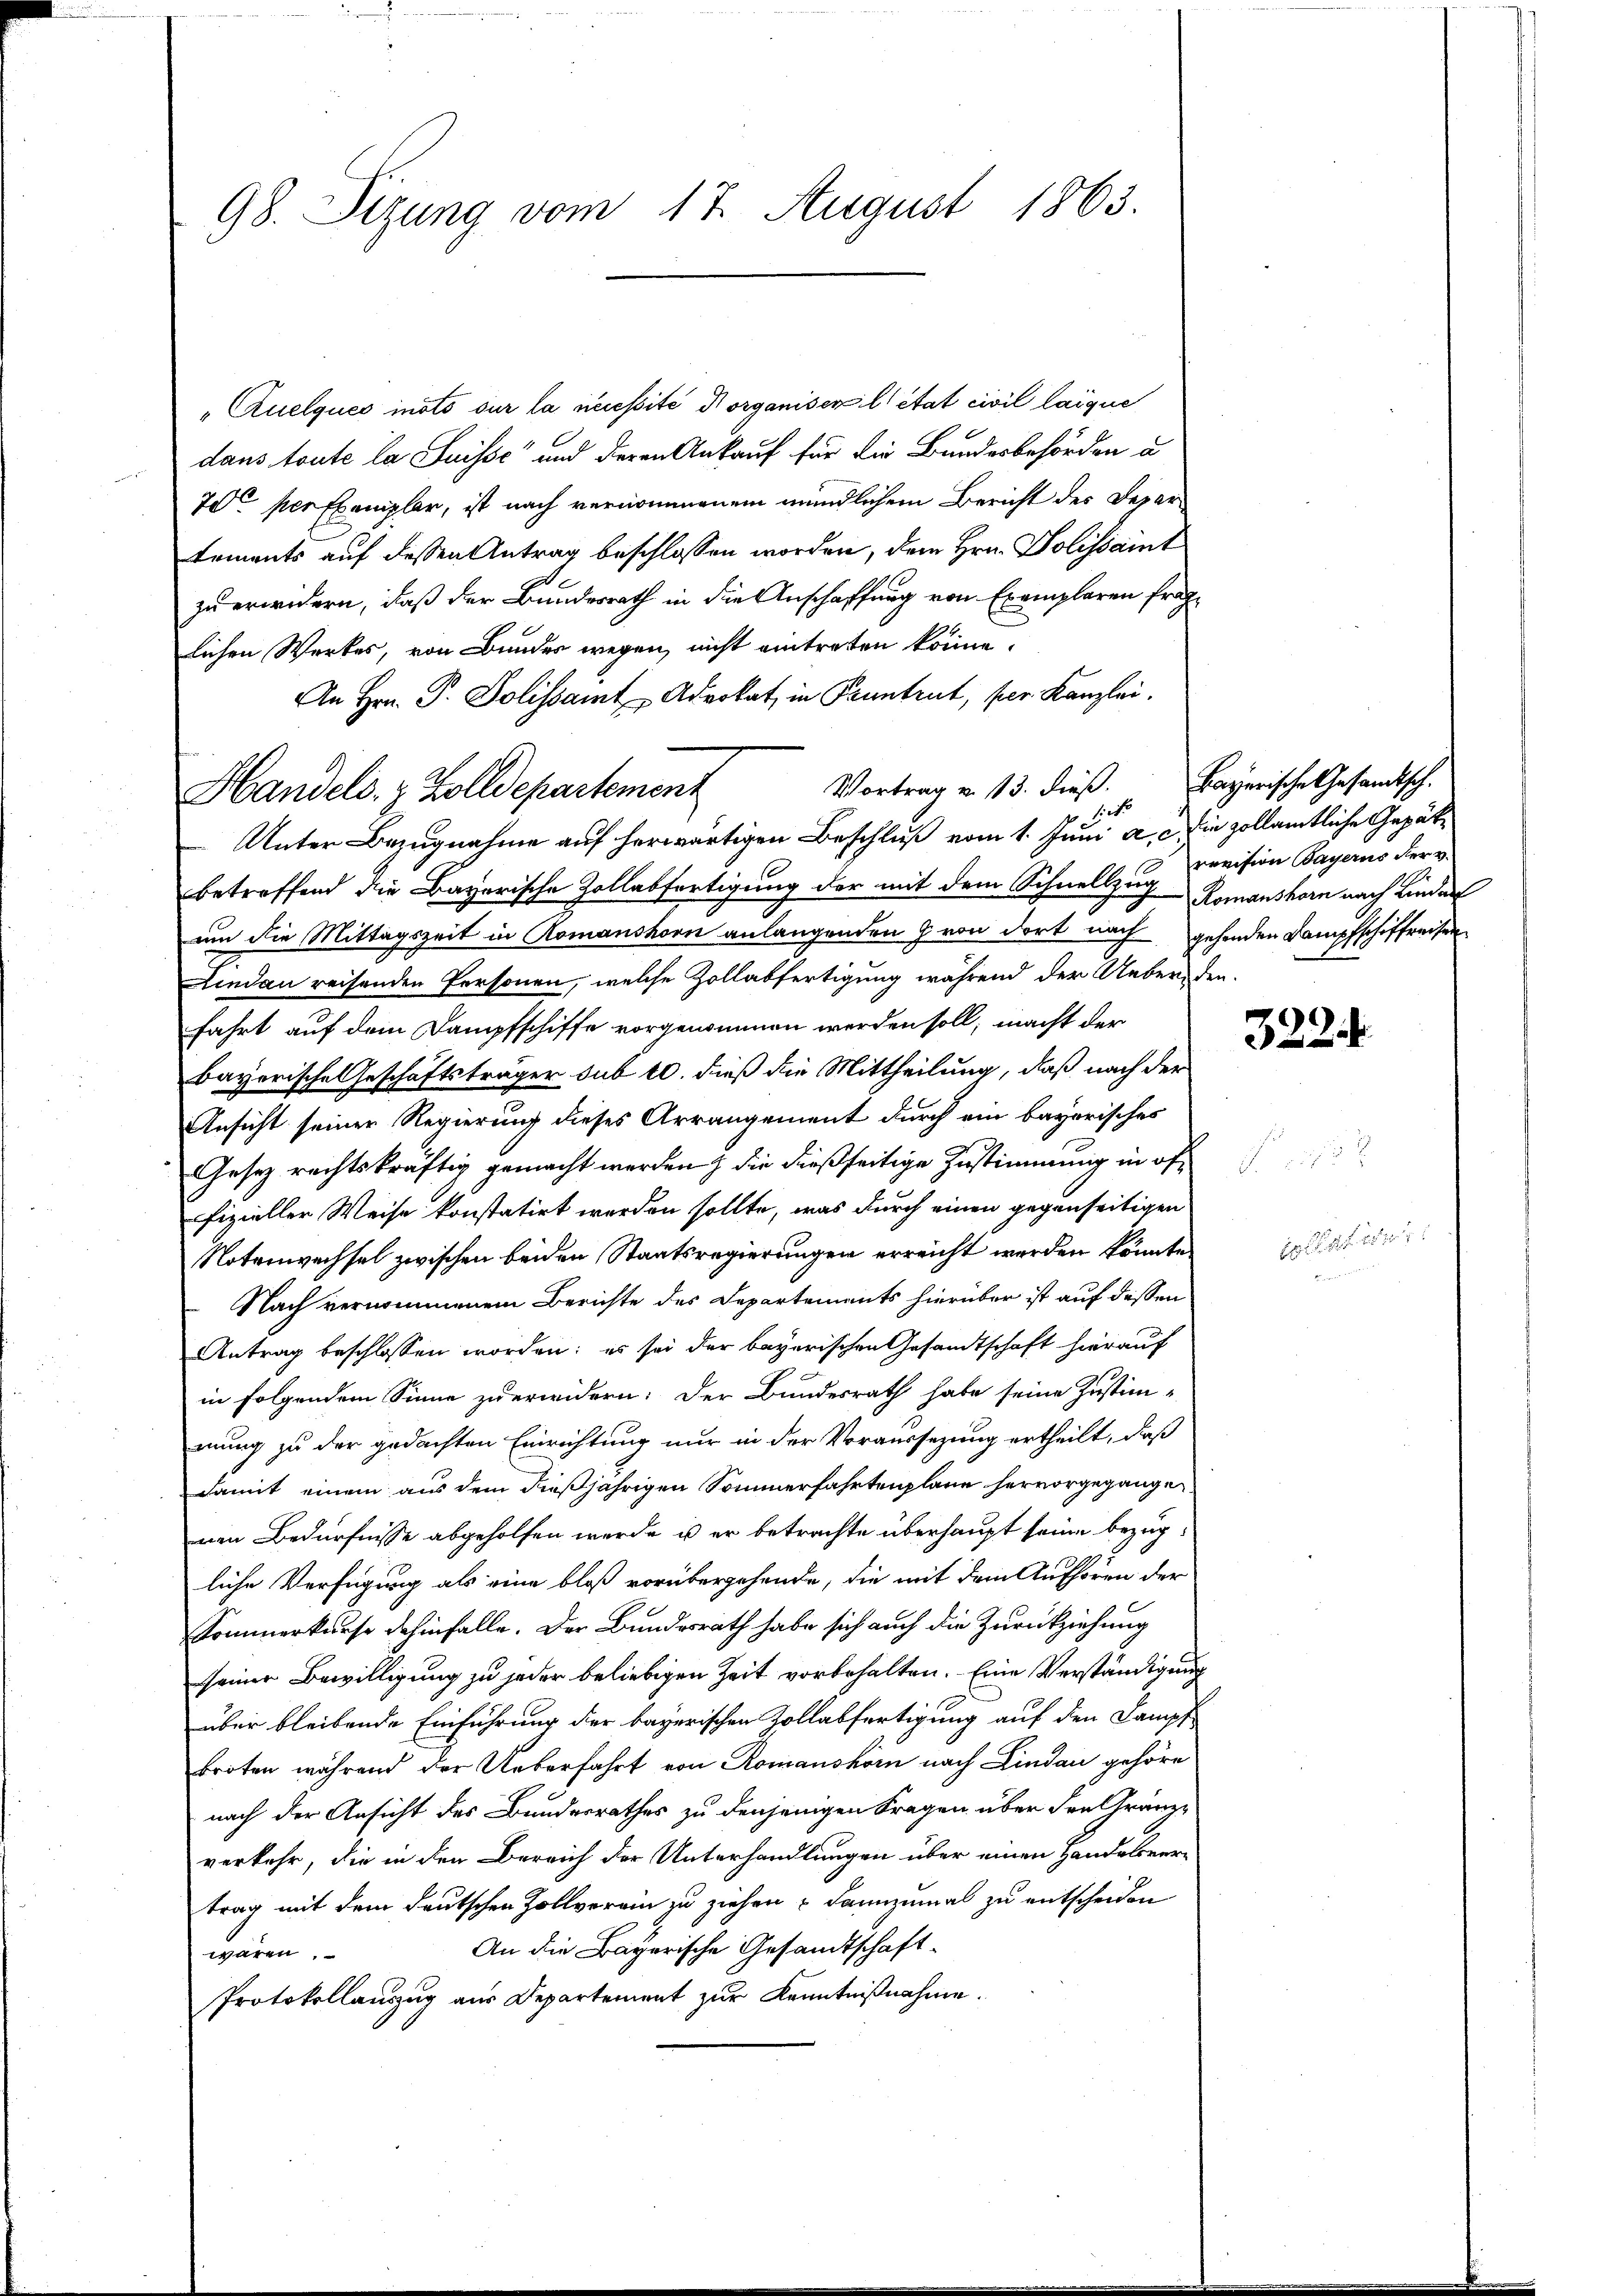
98. Sizung vom 17. August 1863.

„Quelques inots sur la necessité Borganiser l’état civil laique
dans toute la Suisse und deren Ankauf für die Bundesbehörden u
70 per Exemplar, ist nach vernommenem mündlichem Bericht des Departements auf dessen Antrag beschlossen worden, dem Hrn. Polissant
zu erwidern, daß der Bundesrath in die Anschaffung von Exemplaren fraglichen Werkes, von Bundes wegen, nicht eintreten könne.
An Hrn. P. Polissant Advokat in Pruntrut, per Kanzlei.
Vortrag u. 13. dieß. Bayerische Gesandtsch.
hies
Unter Bezugnahme auf herwärtigen Beschluß vom 1. Juni a. c. die zollamtliche Gepätbetreffend die Bayerische Zollabfertigung der mit dem Schnellzug Romanshorn nach Linder
um die Mittagszeit in Romanshorn anlangenden von dort nach gehenden Dampfschiffreisen
Lindau reisenden Personen, welche Zollabfertigung während der Uebereden.
fahrt auf dem Dampfschiffe vorgenommen werden soll; macht der
bayerische Geschäftsträger sub 10. dieß die Mittheilung, daß nach der
Ansicht seiner Regierung dieses Arrangement durch ein bayorisches
Gesetz rechtskräftig gemacht werden, die dießseitige Zustimmung in öffizieller Weise konstatirt werden sollte, was durch einen gegenseitigen
Notenwechsel zwischen beiden Staatsregierungen erreicht werden könnte.
Nach vernommenem Berichte des Departements hierüber ist auf dessen
Antrag beschlossen worden; es sei der bayerischen Gesandtschaft hierauf
in folgendem Sinne zu erwidern: Der Bundesrath habe seine Justim-
mung zu der gedachten Einrichtung nur in der Voraussezung ertheilt, daß
damit einem aus dem dießjährigen Sommerfahrtenplane hervorgegangen.
nen Bedürfnisse abgeholfen werde, us er betrachte überhaupt seine bezugliche Verfügung als eine bloß vorübergehende, die mit dem Aufhören der
Sommerkurse dahinfalle. Der Bundesrath habe sich auch die Zurückziehung
seiner Bewilligung zu jeder beliebigen Zeit vorbehalten. Eine Verständigung
über bleibende Einführung der bayerischen Zollabfertigung auf den Kampf
broten während der Ueberfahrt von Romanskör nach Lindau gehöre
nach der Ansicht des Bundesrathes zu denjenigen Fragen über den Gränzverkehr, die in den Bereich der Unterhandlungen über einen Handelsvertrag mit dem deutschen Zollverein zu ziehen u dannzumal zu entscheiden
An die Bayerische Gesandtschaft-
wären,
Protokollauszug aus Departement zur Kenntnißnahme.

Handels. z. Zolldepartement

revision Bayerns der v.

322

18